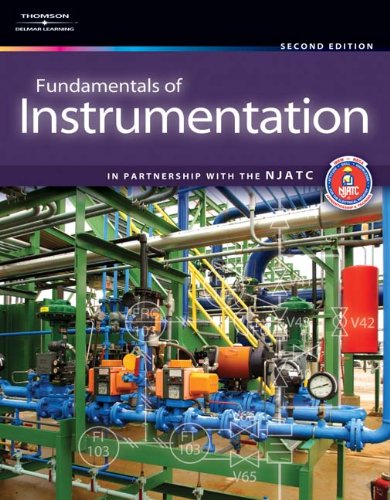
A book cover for Fundamentals of Instrumentation; NJATC NJATC; Science & Math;